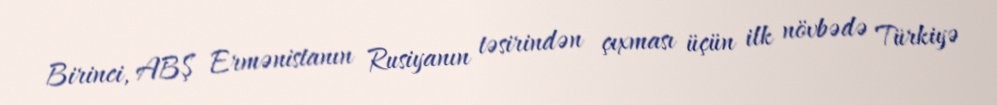
Birinci, ABŞ Ermənistanın Rusiyanın təsirindən çıxması üçün ilk növbədə Türkiyə